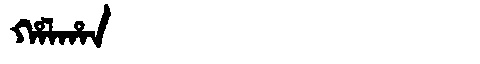
Manchu: ᡥᠠᠯᡥᠠᠨ
Romanization: HALHAN